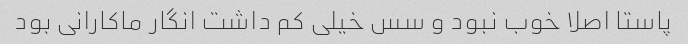
پاستا اصلا خوب نبود و سس خیلی کم داشت انگار ماکارانی بود